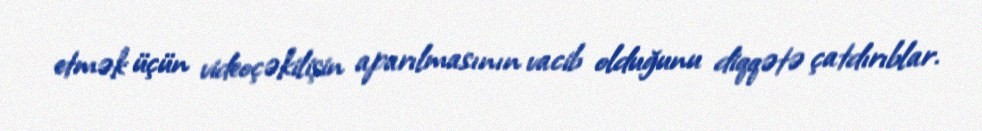
etmək üçün videoçəkilişin aparılmasının vacib olduğunu diqqətə çatdırıblar.